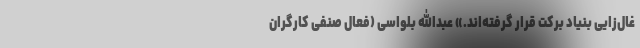
غال‌زایی بنیاد برکت قرار گرفته‌اند.» عبدالله بلواسی (فعال صنفی کارگران